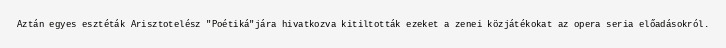
Aztán egyes esztéták Arisztotelész "Poétiká"jára hivatkozva kitiltották ezeket a zenei közjátékokat az opera seria előadásokról.